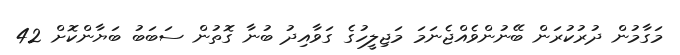
މަގާމުން ދުރުކުރަން ބޭނުންވެއްޖެނަމަ މަޖިލީހުގެ ގަވާއިދު ބުނާ ގޮތުން ސަބަބު ބަޔާންކޮށް 42